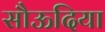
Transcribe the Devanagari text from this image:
सौऊदिया